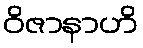
ဝိဇာနာဟိ